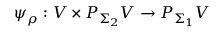
\psi _ { \rho } : V \times P _ { \Sigma _ { 2 } } V \to P _ { \Sigma _ { 1 } } V